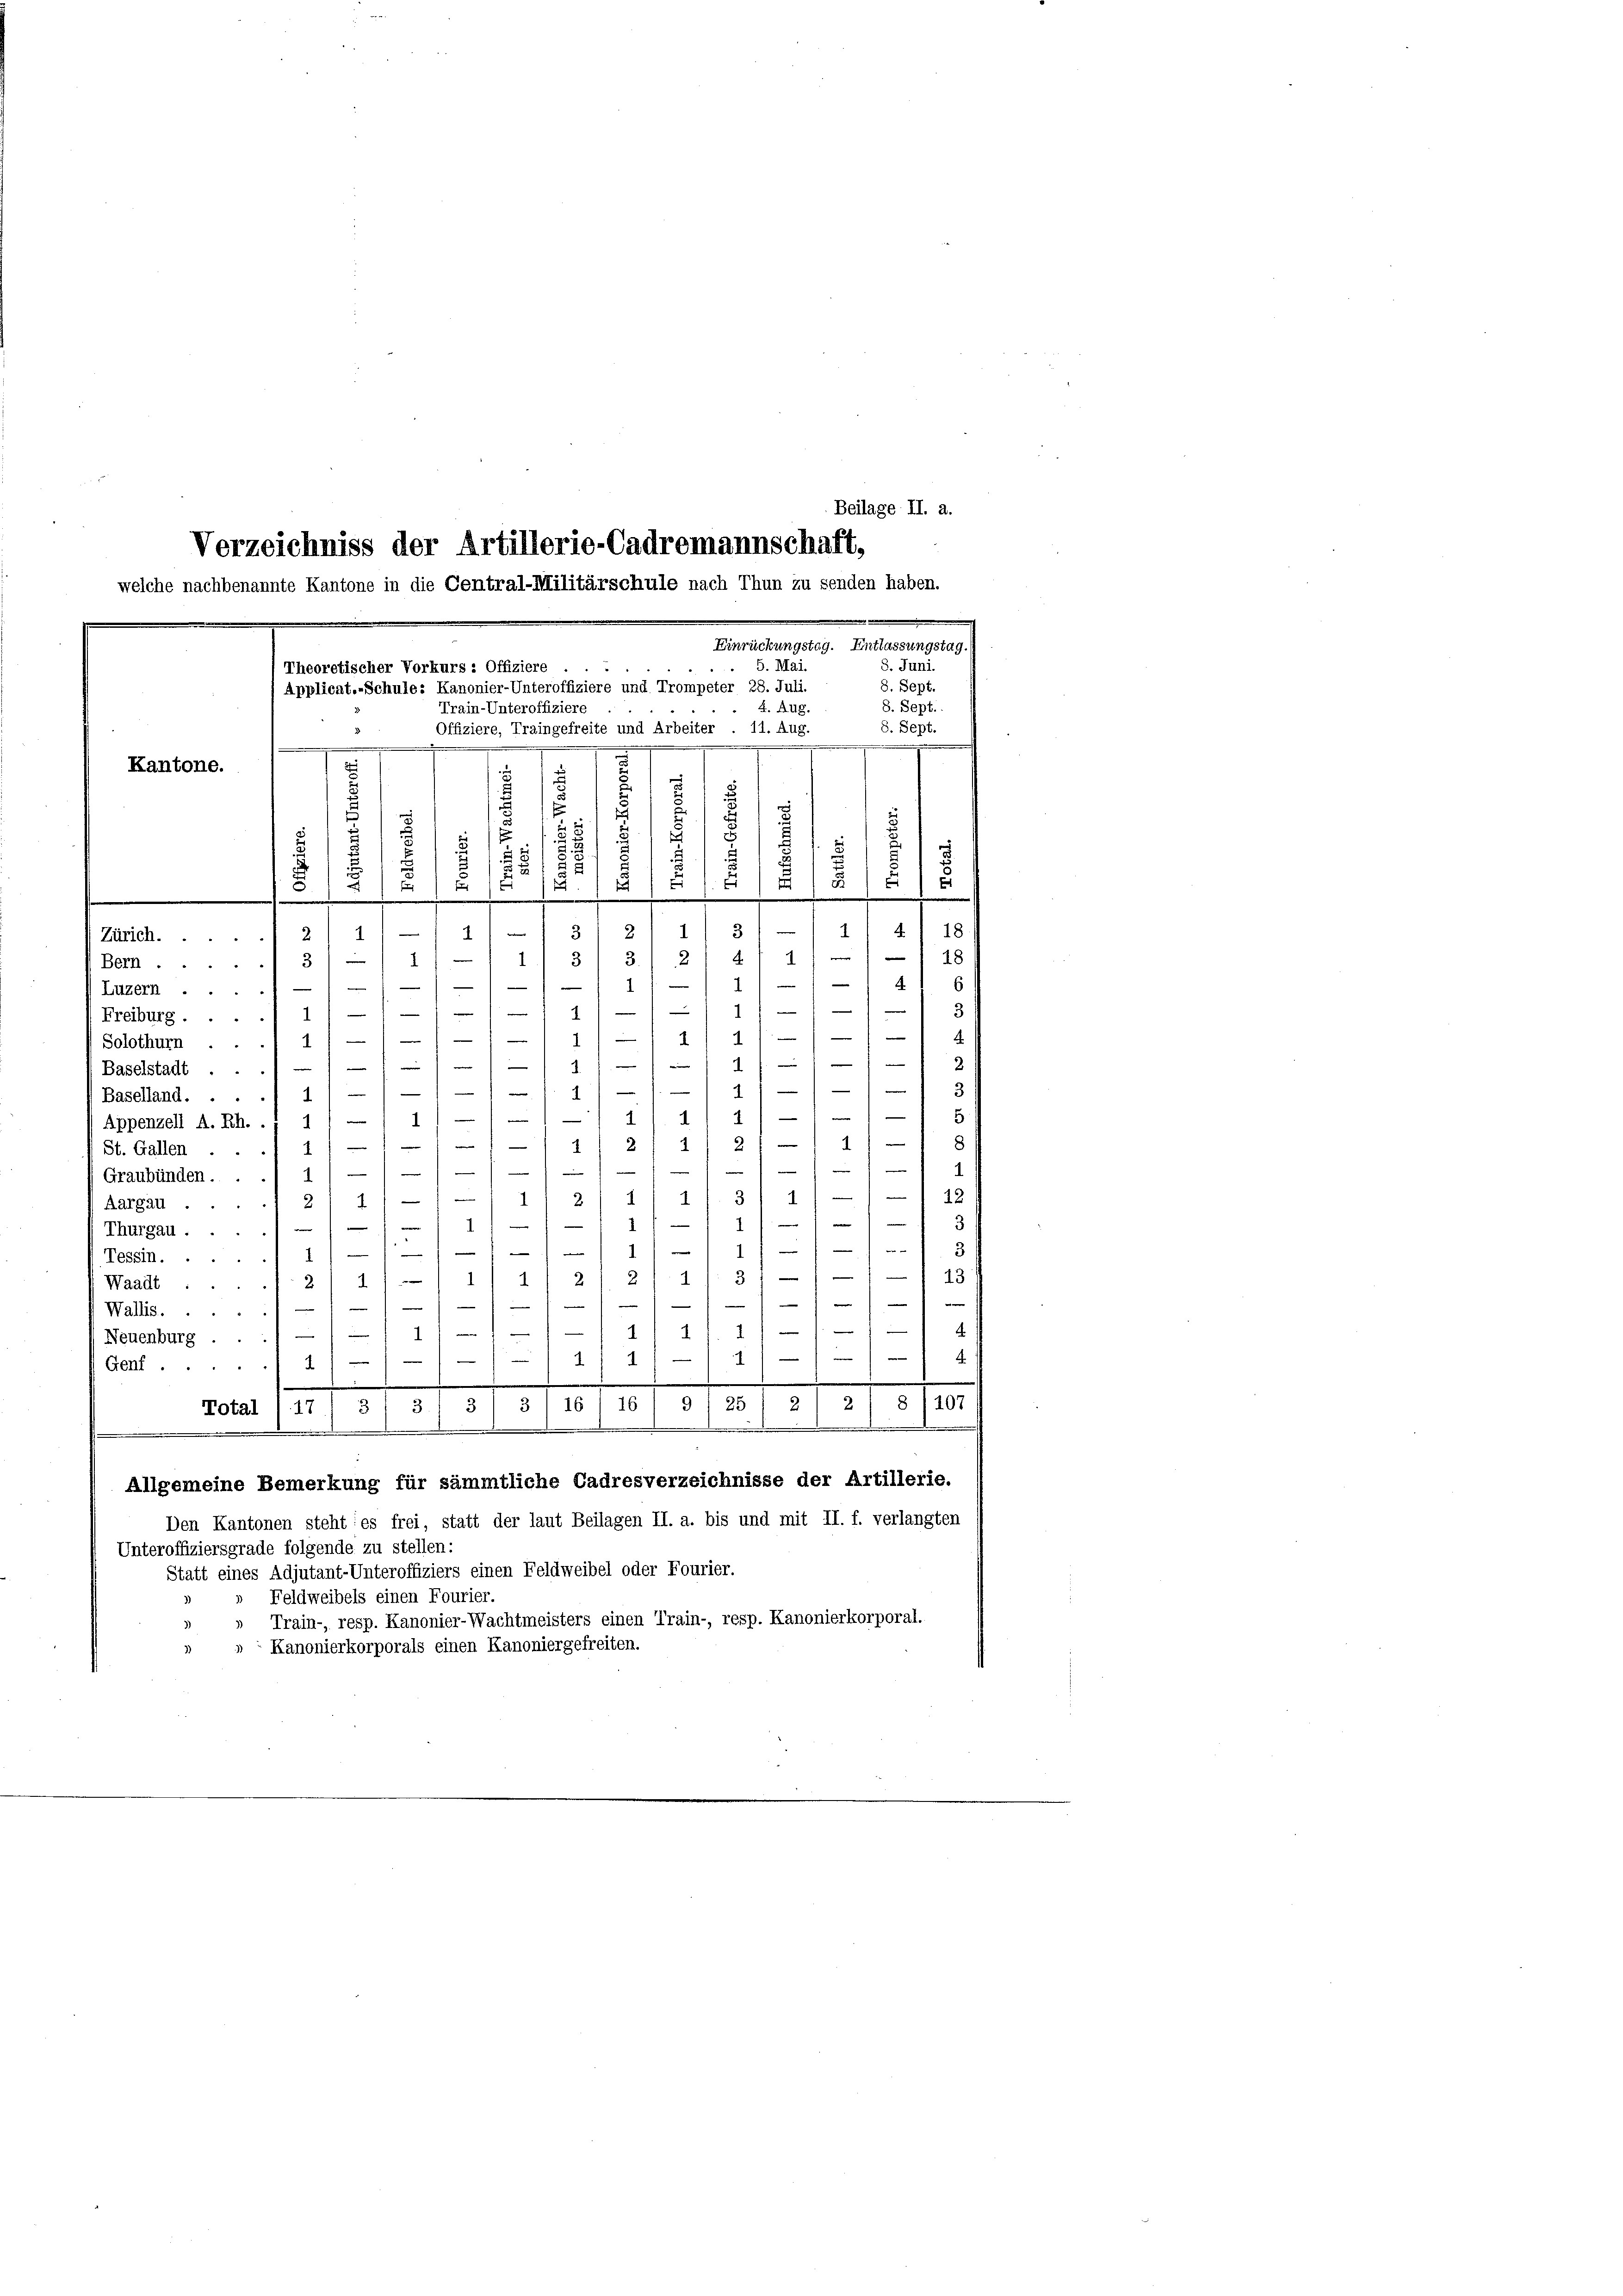
Beilage II. a.
Verzeichniss der Artillerie-Cadremannschaft,

welche nachbenannte Kantone in die Central-Militärschule nach Thun zu senden haben.
Einrückungstag. Entlassungstag.)
 5. Mai.
3. Juni.
Theoretischer Vorkurs : Offiziere
8. Sept.
Applicat-Schule: Kanonier-Unteroffiziere und Trompeter 28. Juli.
8. Sept.
 4. Aug.
Train-Unteroffiziere
8. Sept.
Offiziere, Traingefreite und Arbeiter . 11. Aug.

d
.
Kantone.
.
¬
.

s
.
.
n
u

s
1
n
 2
s
u
E
11
e
X
s
E
.
5
1
e
e
t
.

“
.
4
.
e

—
3
d
2
u
1
Zürich. 2
F 1
1
3.

3
Bern ....
e
4.
1

—
s
s
e
1
Luzern ...
e
s
—
e
—
.
—
e
1
Freiburg . .
f
f
—
1
—
e
1
Solothurn . .

i
—
e
1.
(Baselstadt
e

—
1
e
4
Baselland.
)

d
—
1
e
1
Appenzell A. Rh. .; 1 / —
1
e
.
2
2
1
2

St. Gallen ..

1
e
u
-
—
1)
e
h
Graubünden.
e

12

1
—
1
3
1
2.
1 2/ 1
(Aargau.

3
.
1
—
n
Thurgau ..

e
e

31
.
.
1
Tessin. ..
1
e
13
e
e
1
2
3
1
14
2
2
Waadt.

e

—

—
Wallis.
f
e
d
—11111.
.
.

Neuenburg . .
—

4

—
e
—
1
—
1
1
Genf.
.
.
.
.
5
21 § 1107
25 2
Total 1 17/ 3 / 3/ 3/ 3) 16/ 16

I
.
Allgemeine Bemerkung für sämmtliche Cadresverzeichnisse der Artillerie.
Den Kantonen steht: es frei, statt der laut Beilagen II. a. bis und mit II. f. verlangten
Unteroffiziersgrade folgende zu stellen:
Statt eines Adjutant-Unteroffiziers einen Feldweibel oder Fourier.
Feldweibels einen Fourier.
Train-, resp. Kanonier-Wachtmeisters einen Train-, resp. Kanonierkorporal.
Kanonierkorporals einen Kanoniergefreiten.

4
18
18